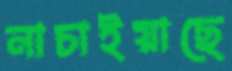
নাচাইয়াছে